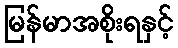
မြန်မာအစိုးရနှင့်